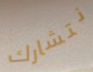
نتشارك